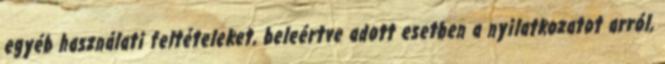
egyéb használati feltételeket, beleértve adott esetben a nyilatkozatot arról,